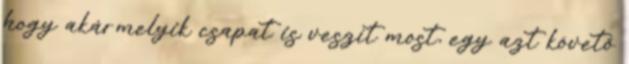
hogy akármelyik csapat is veszít most, egy azt követő